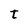
Character: t